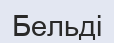
Бельді